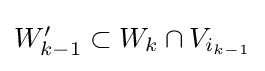
{\textstyle W_{k-1}'\subset W_{k}\cap V_{i_{k-1}}}